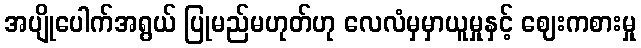
အပျိုပေါက်အရွယ် ပြုမည်မဟုတ်ဟု လေလံမှမှာယူမှုနှင့် ဈေးကစားမှု